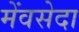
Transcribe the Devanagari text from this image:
मेंवसेदा